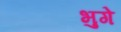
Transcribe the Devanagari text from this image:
भुगे